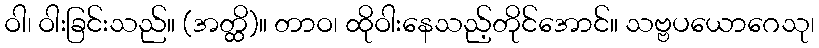
ဝါ၊ ဝါးခြင်းသည်။ (အတ္ထိ)။ တာဝ၊ ထိုဝါးနေသည့်တိုင်အောင်။ သဗ္ဗပယောဂေသု၊